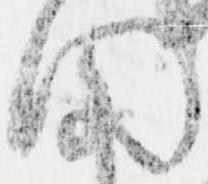
聞